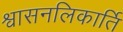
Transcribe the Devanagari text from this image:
श्वासनलिकार्ति